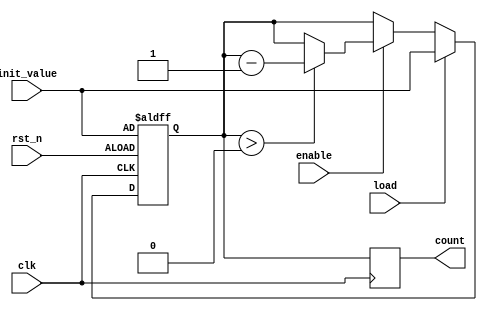
module MemoryBlocksDownCounter #(
    parameter WIDTH = 8  // Bit-width of the counter
)(
    input wire clk,               // Clock signal
    input wire rst_n,             // Asynchronous reset (active low)
    input wire enable,            // Enable signal
    input wire load,              // Load new initial value
    input wire [WIDTH-1:0] init_value, // Initial value to load
    output reg [WIDTH-1:0] count  // Current count value
);

    // Initial count value
    reg [WIDTH-1:0] current_count;

    // Asynchronous reset and load logic
    always @(posedge clk or negedge rst_n) begin
        if (!rst_n) begin
            current_count <= init_value; // Reset to initial value
        end else if (load) begin
            current_count <= init_value; // Load new initial value
        end else if (enable) begin
            if (current_count > 0) begin
                current_count <= current_count - 1; // Decrement count
            end
        end
    end

    // Assign current count to output
    always @(posedge clk) begin
        count <= current_count; // Update output count
    end

endmodule